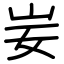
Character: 妛